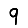
Digit: 9